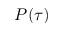
P ( \tau )